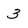
Character: 3